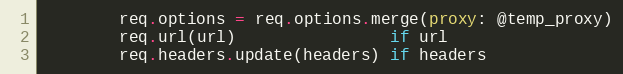
Language: Ruby
        req.options = req.options.merge(proxy: @temp_proxy)
        req.url(url)                if url
        req.headers.update(headers) if headers